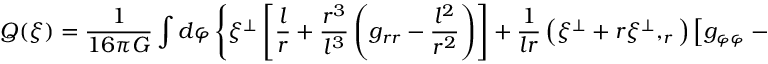
Q ( \xi ) = \frac { 1 } { 1 6 \pi G } \int d \varphi \left\{ \xi ^ { \perp } \left[ \frac { l } { r } + \frac { r ^ { 3 } } { l ^ { 3 } } \left( g _ { r r } - \frac { l ^ { 2 } } { r ^ { 2 } } \right) \right] + \frac { 1 } { l r } \left( \xi ^ { \perp } + r \xi ^ { \perp } , _ { r } \right) \left[ g _ { \varphi \varphi } - r ^ { 2 } \right] + 2 \xi ^ { \varphi } \pi _ { \varphi } ^ { r } \right\} .